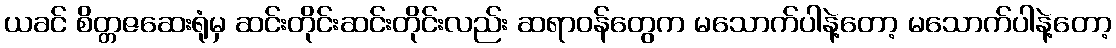
ယခင် စိတ္တဇဆေးရုံမှ ဆင်းတိုင်းဆင်းတိုင်းလည်း ဆရာဝန်တွေက မသောက်ပါနဲ့တော့ မသောက်ပါနဲ့တော့